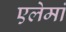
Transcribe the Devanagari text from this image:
एलेमां